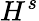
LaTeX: H^{s}